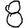
Digit: 8